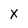
Character: X